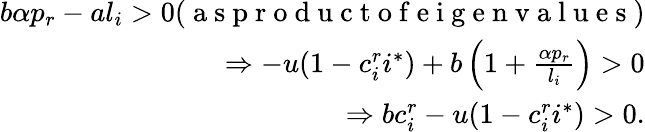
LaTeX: \begin{array}{r}{b\alpha p_{r}-al_{i}>0(\mathrm{~a~s~p~r~o~d~u~c~t~o~f~e~i~g~e~n~v~a~l~u~e~s~})}\\ {\Rightarrow-u(1-c_{i}^{r}i^{*})+b\left(1+\frac{\alpha p_{r}}{l_{i}}\right)>0}\\ {\Rightarrow bc_{i}^{r}-u(1-c_{i}^{r}i^{*})>0.}\end{array}